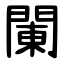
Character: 䦨